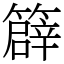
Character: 𥴬